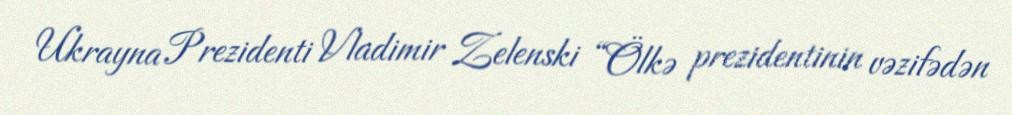
Ukrayna Prezidenti Vladimir Zelenski “Ölkə prezidentinin vəzifədən